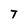
Character: T